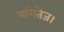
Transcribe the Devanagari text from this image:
यांगतेज।